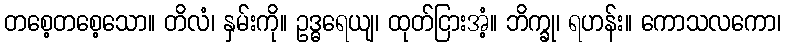
တစေ့တစေ့သော။ တိလံ၊ နှမ်းကို။ ဥဒ္ဓရေယျ၊ ထုတ်ငြားအံ့။ ဘိက္ခု၊ ရဟန်း။ ကောသလကော၊